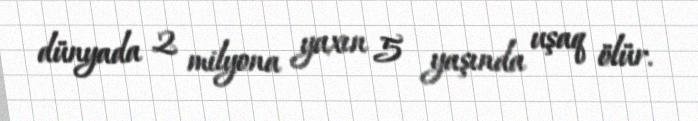
dünyada 2 milyona yaxın 5 yaşında uşaq ölür.